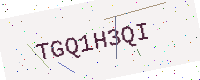
Text: TGQ1H3QI